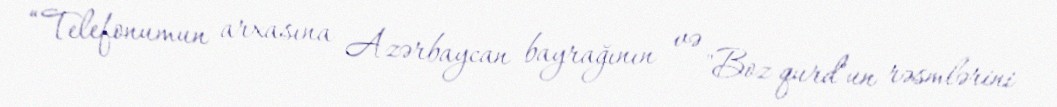
“Telefonumun arxasına Azərbaycan bayrağının və "Boz qurd"un rəsmlərini